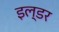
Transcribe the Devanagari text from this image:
इल्डर